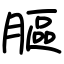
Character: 膒